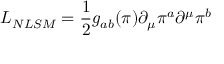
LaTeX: { \cal L } _ { N L S M } = \frac { 1 } { 2 } g _ { a b } ( \pi ) \partial _ { \mu } \pi ^ { a } \partial ^ { \mu } \pi ^ { b }